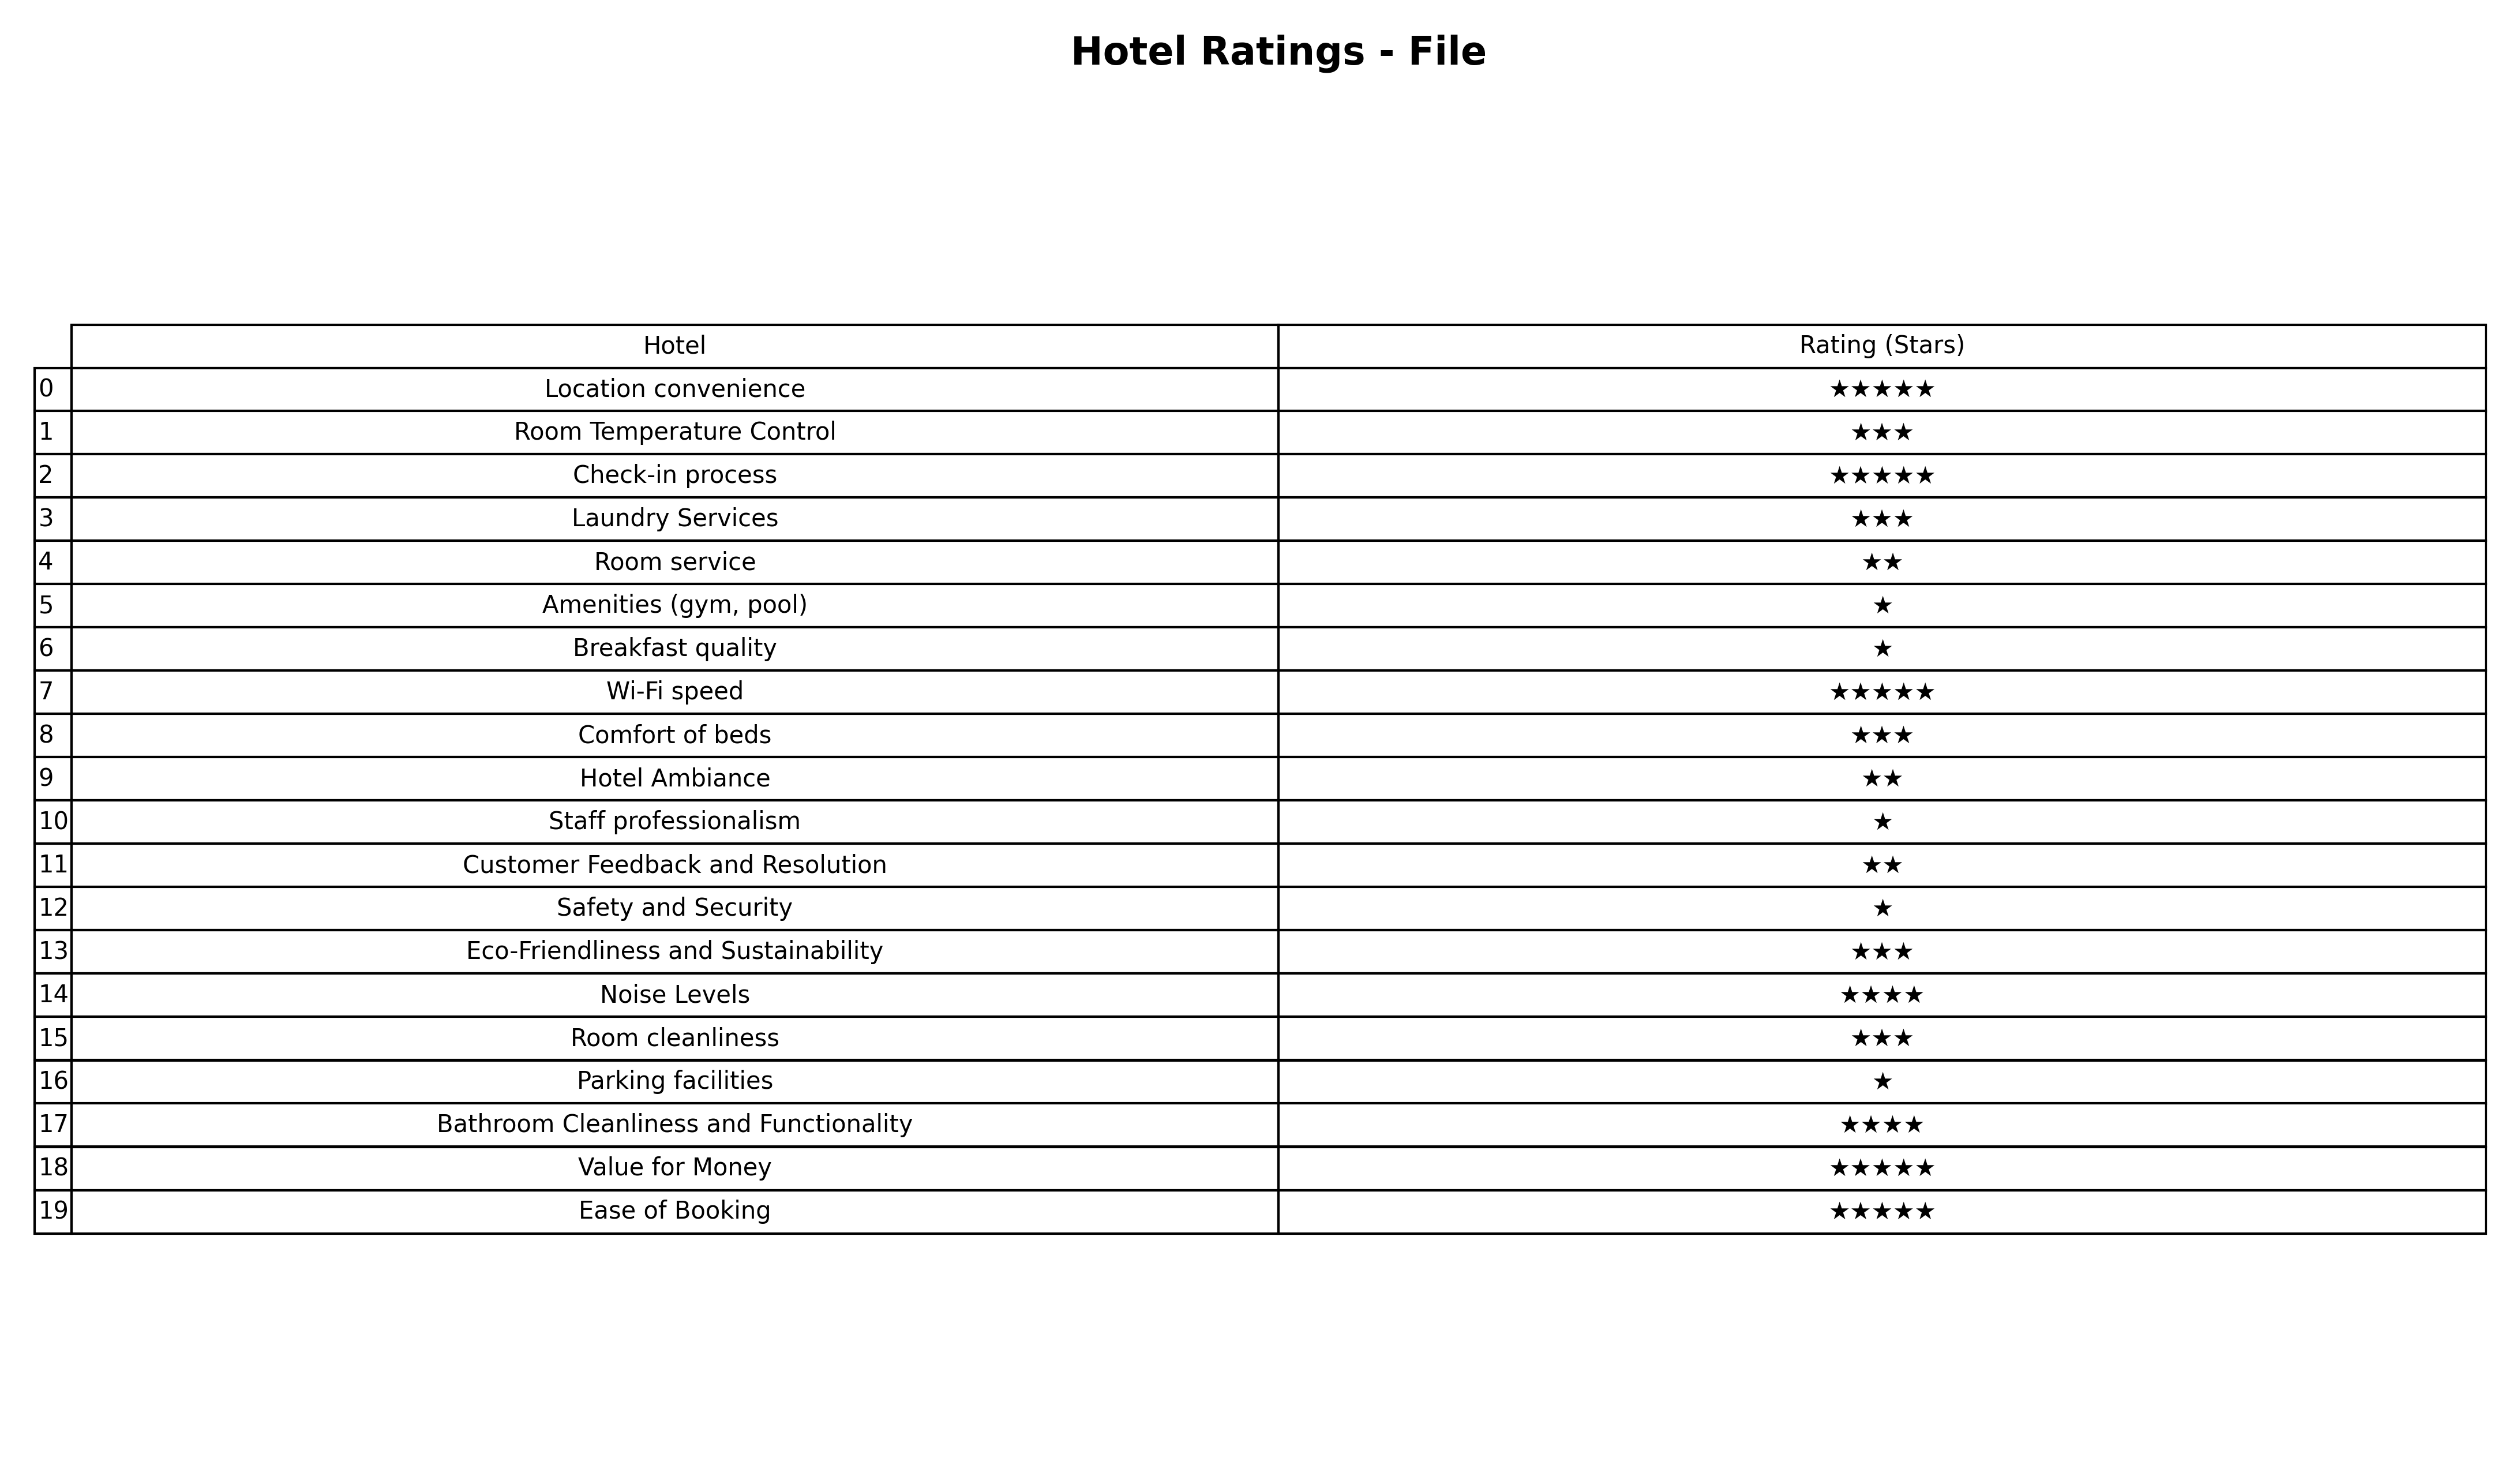
question: What is the rating of Room Temperature Control?
answer: ★★★